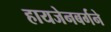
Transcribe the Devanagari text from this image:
हायजेनबर्गने